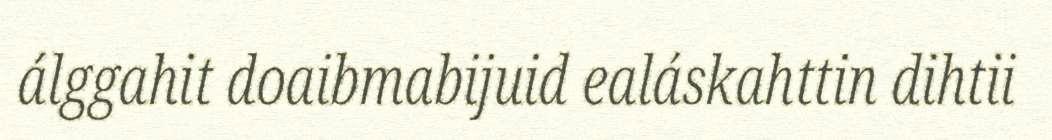
álggahit doaibmabijuid ealáskahttin dihtii